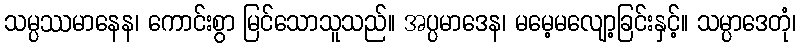
သမ္ပဿမာနေန၊ ကောင်းစွာ မြင်သောသူသည်။ အပ္ပမာဒေန၊ မမေ့မလျော့ခြင်းနှင့်။ သမ္ပာဒေတုံ၊